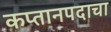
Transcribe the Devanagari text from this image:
कप्तानपदाचा